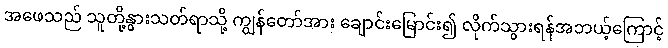
အဖေသည် သူတို့နွားသတ်ရာသို့ ကျွန်တော်အား ချောင်းမြောင်း၍ လိုက်သွားရန်အဘယ့်ကြောင့်